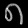
Digit: ၈